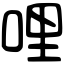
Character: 哩